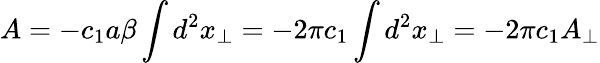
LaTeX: A=-c_{1}a\beta\int d^{2}x_{\perp}=-2\pi c_{1}\int d^{2}x_{\perp}=-2\pi c_{1}A_{\perp}